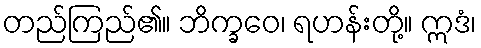
တည်ကြည်၏။ ဘိက္ခဝေ၊ ရဟန်းတို့။ ဣဒံ၊